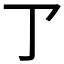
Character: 𠄐